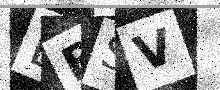
Text: LBSV